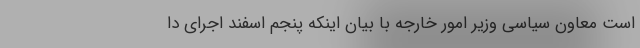
است معاون سیاسی وزیر امور خارجه با بیان اینکه پنجم اسفند اجرای دا